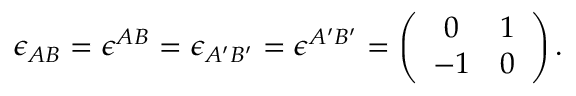
\epsilon _ { A B } = \epsilon ^ { A B } = \epsilon _ { A ^ { \prime } B ^ { \prime } } = \epsilon ^ { A ^ { \prime } B ^ { \prime } } = \left( \begin{array} { c c } { { 0 } } & { { 1 } } \\ { { - 1 } } & { { 0 } } \end{array} \right) .